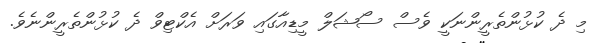
މި ދެ ކުޅުންތެރީންނަކީ ވެސް ސޯޝަލް މީޑިއާގައި ވަރަށް އެކްޓިވް ދެ ކުޅުންތެރީންނެވެ.